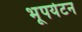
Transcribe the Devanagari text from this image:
भूपर्यटन